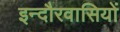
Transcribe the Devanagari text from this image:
इन्दौरवासियों